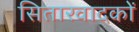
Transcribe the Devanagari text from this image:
सितारवादकों